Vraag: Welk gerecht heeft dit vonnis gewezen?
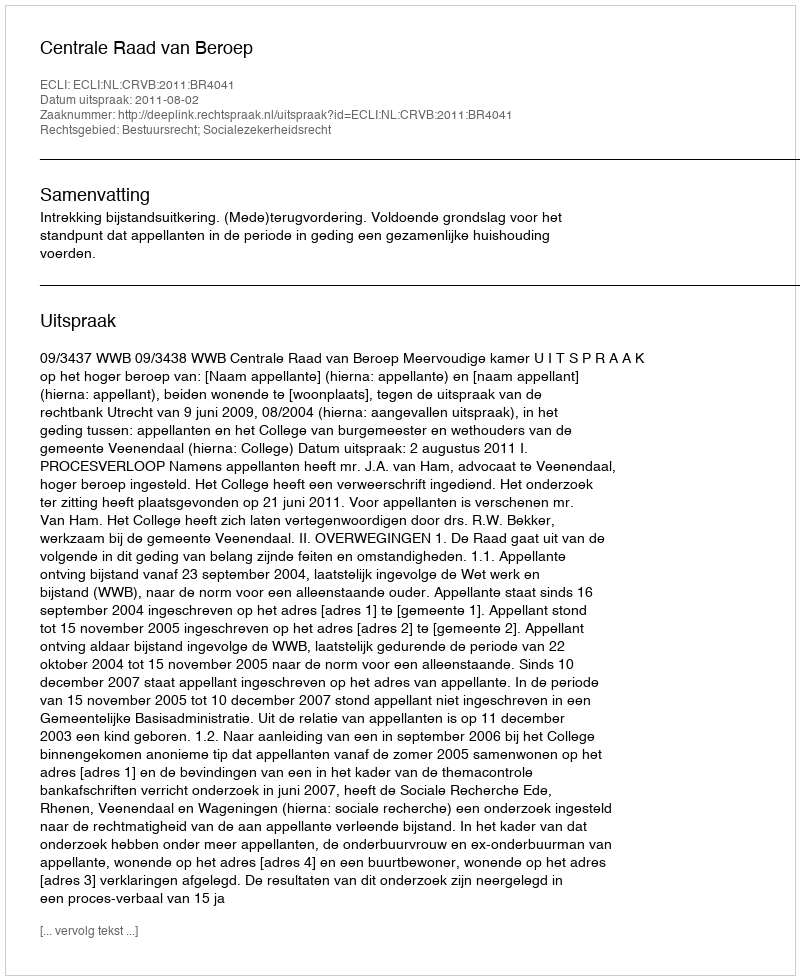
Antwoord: Centrale Raad van Beroep